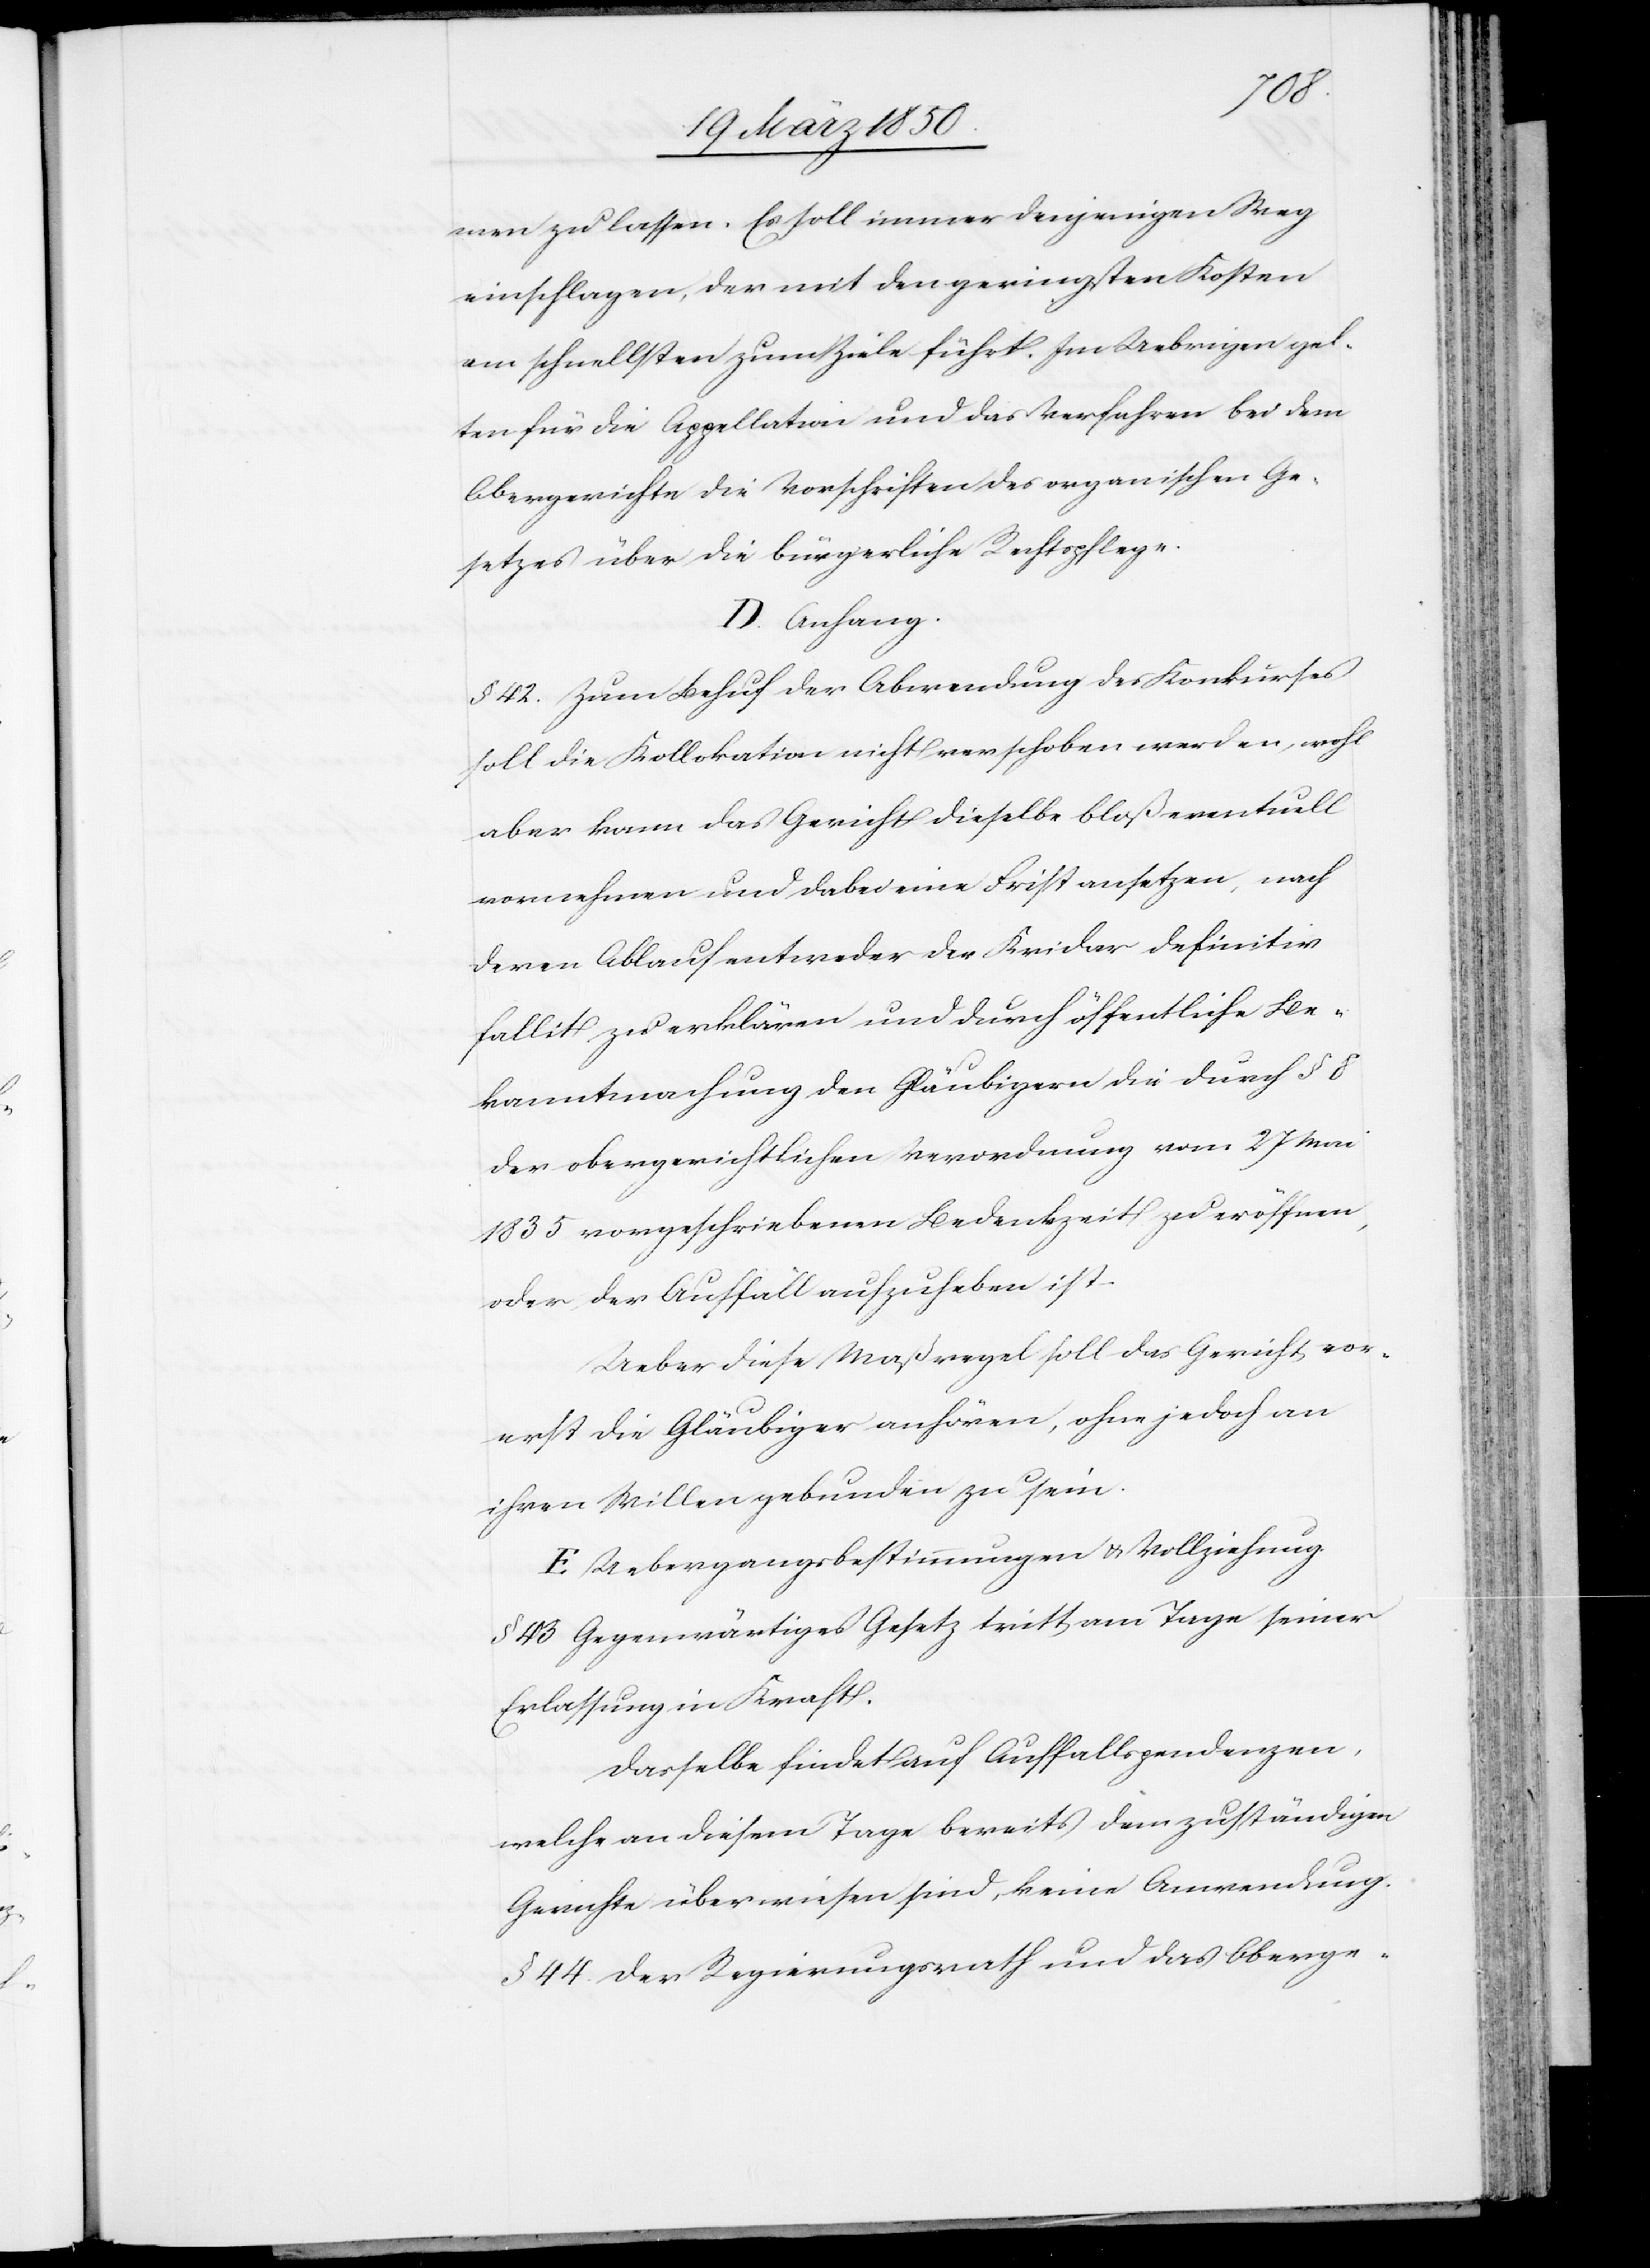
men zu lassen. Es soll immer denjenigen Weg
einschlagen, der mit den geringsten Kosten
am schnellsten zum Ziele führt. Im Uebrigen gel¬
ten für die Appellation und das Verfahren bei dem
Obergerichte die Vorschriften des organischen Ge¬
setzes über die bürgerliche Rechtspflege.
D. Anhang.
§. 42. Zum Behuf der Abwendung des Konkurses
soll die Kollokation nicht verschoben werden, wohl
aber kann das Gericht dieselbe bloß eventuell
vornehmen und dabei eine Frist ansetzen, nach
deren Ablauf entweder der Kridar definitiv
fallit zu erklären und durch öffentliche Be¬
kanntmachung den Gläubigern die durch § 8
der obergerichtlichen Verordnung vom 27 Ma¬
i1835 vorgeschriebenen Bedenkzeit zu eröffnen,
oder der Auffall aufzuheben ist.
Ueber diese Maßregel soll das Gericht vor¬
erst die Gläubiger anhören, ohne jedoch an
ihren Willen gebunden zu sein.
E. Uebergangsbestimmungen u. Vollziehung
§. 43 Gegenwärtiges Gesetz tritt am Tage seiner
Erlassung in Kraft.
Dasselbe findet auf Auffallspendenzen,
welche an diesem Tage bereits dem zuständigen
Gerichte überwiesen sind, keine Anwendung.
§. 44. Der Regierungsrath und das Oberge-